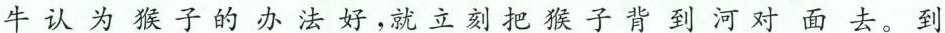
牛认为猴子的办法好，就立刻把猴子背到河对面去。到